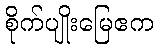
စိုက်ပျိုးမြေဧက